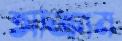
আক্রাম